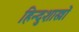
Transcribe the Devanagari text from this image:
हिन्दुशास्त्रों